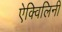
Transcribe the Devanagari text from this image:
ऐक्विलिनी